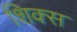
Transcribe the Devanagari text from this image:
शिक्स